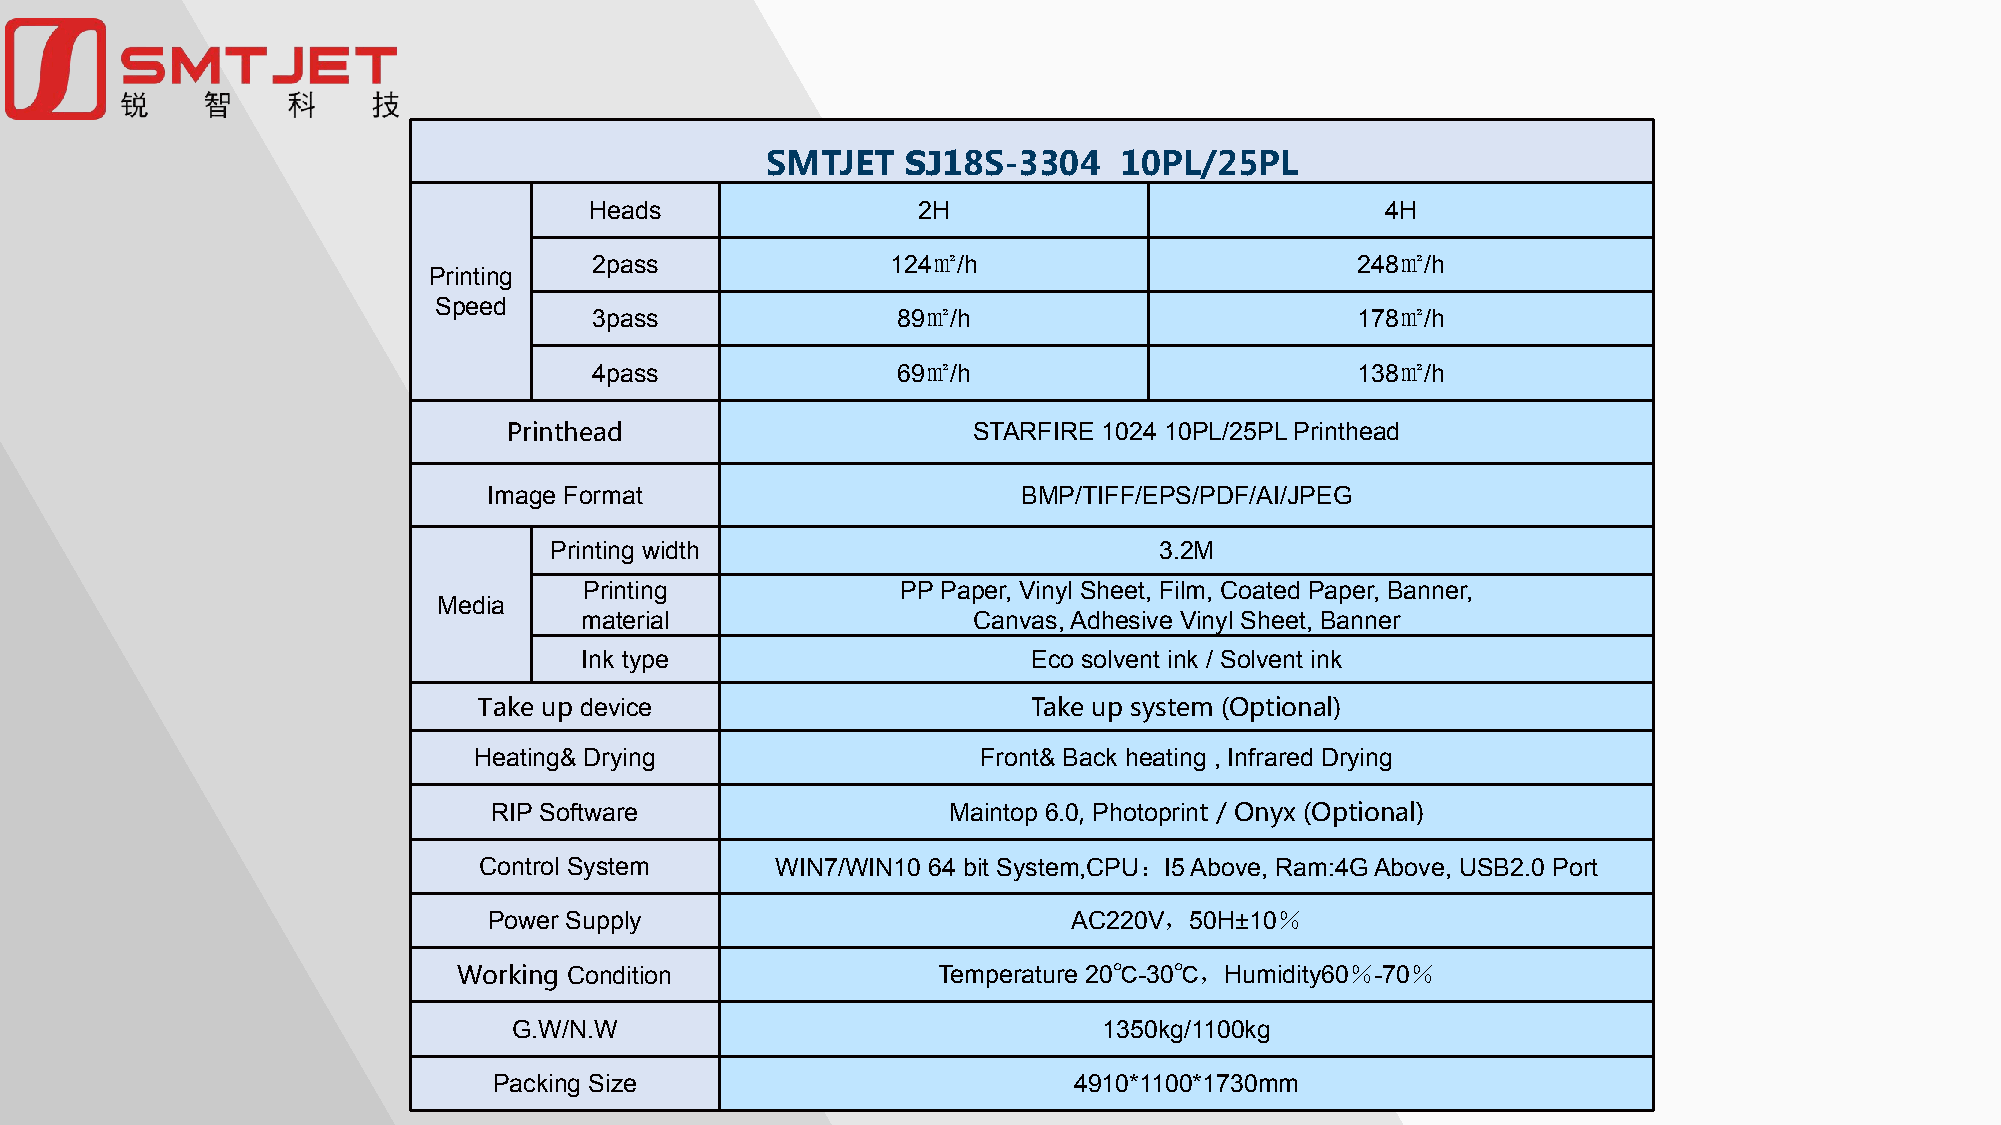
SMTJET   SJ18S-3304    10PL/25PL
 Heads                 2H                             4H
 2pass               124㎡/h                         248㎡/h
 Printing
 Speed
 3pass               89㎡/h                          178㎡/h
 4pass               69㎡/h                          138㎡/h
 Printhead                     STARFIRE 1024 10PL/25PL Printhead
 Image Format                        BMP/TIFF/EPS/PDF/AI/JPEG
 Printing width                           3.2M
 Printing             PP Paper, Vinyl Sheet, Film, Coated Paper, Banner,
 Media
 material                  Canvas, Adhesive Vinyl Sheet, Banner
 Ink type                      Eco solvent ink / Solvent ink
 Take up device                      Take up system (Optional)
 Heating& Drying                   Front& Back heating , Infrared Drying
 RIP Software                  Maintop 6.0, Photoprint / Onyx (Optional)
 Control System     WIN7/WIN10 64 bit System,CPU：I5 Above, Ram:4G Above, USB2.0 Port
 Power Supply                           AC220V，50H±10％
 Working Condition               Temperature 20℃-30℃，Humidity60％-70％
 G.W/N.W                                1350kg/1100kg
 Packing Size                          4910*1100*1730mm